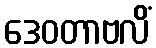
ဒေဝတာဗလိံ